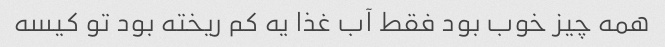
همه چیز خوب بود فقط آب غذا یه کم ریخته بود تو کیسه